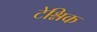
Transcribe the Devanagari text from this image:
टेश्निक